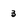
Character: 3